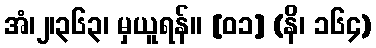
အံ၊၂၊၃၆၃၊ မှယူရန်။ [၀၁] (နိ၊ ၁၆၄)